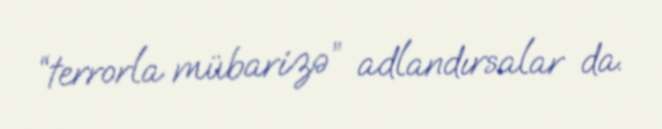
“terrorla mübarizə” adlandırsalar da.